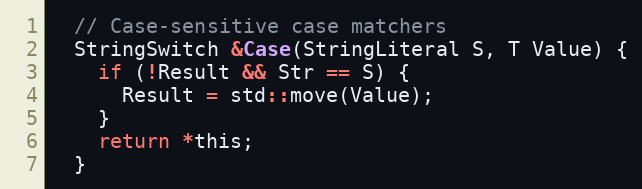
Language: C
  // Case-sensitive case matchers
  StringSwitch &Case(StringLiteral S, T Value) {
    if (!Result && Str == S) {
      Result = std::move(Value);
    }
    return *this;
  }